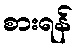
စားရန်